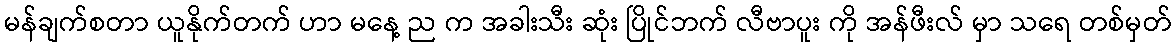
မန်ချက်စတာ ယူနိုက်တက် ဟာ မနေ့ ည က အခါးသီး ဆုံး ပြိုင်ဘက် လီဗာပူး ကို အန်ဖီးလ် မှာ သရေ တစ်မှတ်